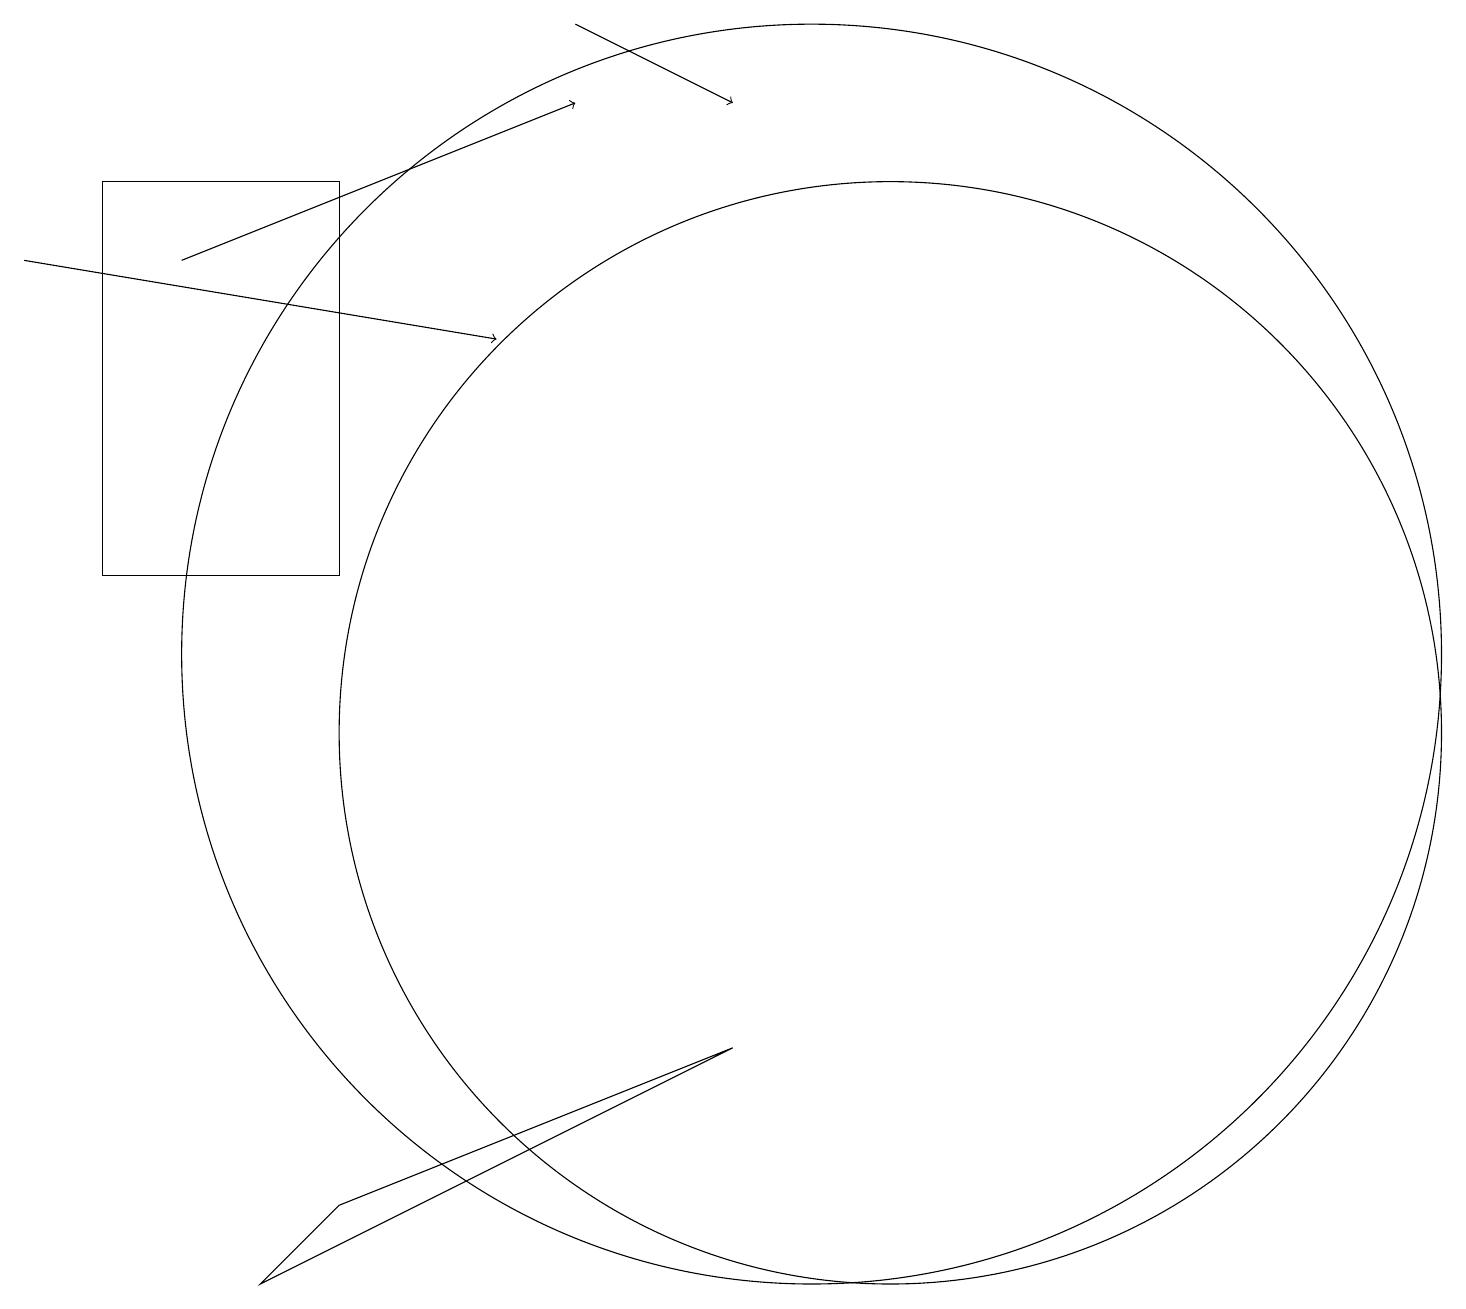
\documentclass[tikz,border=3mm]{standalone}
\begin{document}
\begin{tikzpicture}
\draw[->] (0,16) -- (6,15);
\draw (4,12) rectangle (1,17);
\draw (11,10) circle (7);
\draw[->] (7,19) -- (9,18);
\draw[->] (2,16) -- (7,18);
\draw (4,4) -- (3,3) -- (9,6) -- cycle;
\draw (10,11) circle (8);
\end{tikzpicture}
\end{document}